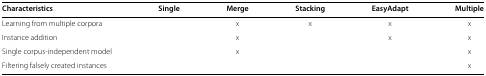
<table><thead><tr><td><b>Characteristics</b></td><td><b>Single</b></td><td><b>Merge</b></td><td><b>Stacking</b></td><td><b>EasyAdapt</b></td><td><b>Multiple</b></td></tr></thead><tbody><tr><td>Learning from multiple corpora</td><td> </td><td>x</td><td>x</td><td>x</td><td>x</td></tr><tr><td>Instance addition</td><td> </td><td>x</td><td> </td><td>x</td><td>x</td></tr><tr><td>Single corpus-independent model</td><td> </td><td>x</td><td> </td><td> </td><td>x</td></tr><tr><td>Filtering falsely created instances</td><td> </td><td> </td><td> </td><td> </td><td>x</td></tr></tbody></table>